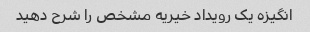
انگیزه یک رویداد خیریه مشخص را شرح دهید